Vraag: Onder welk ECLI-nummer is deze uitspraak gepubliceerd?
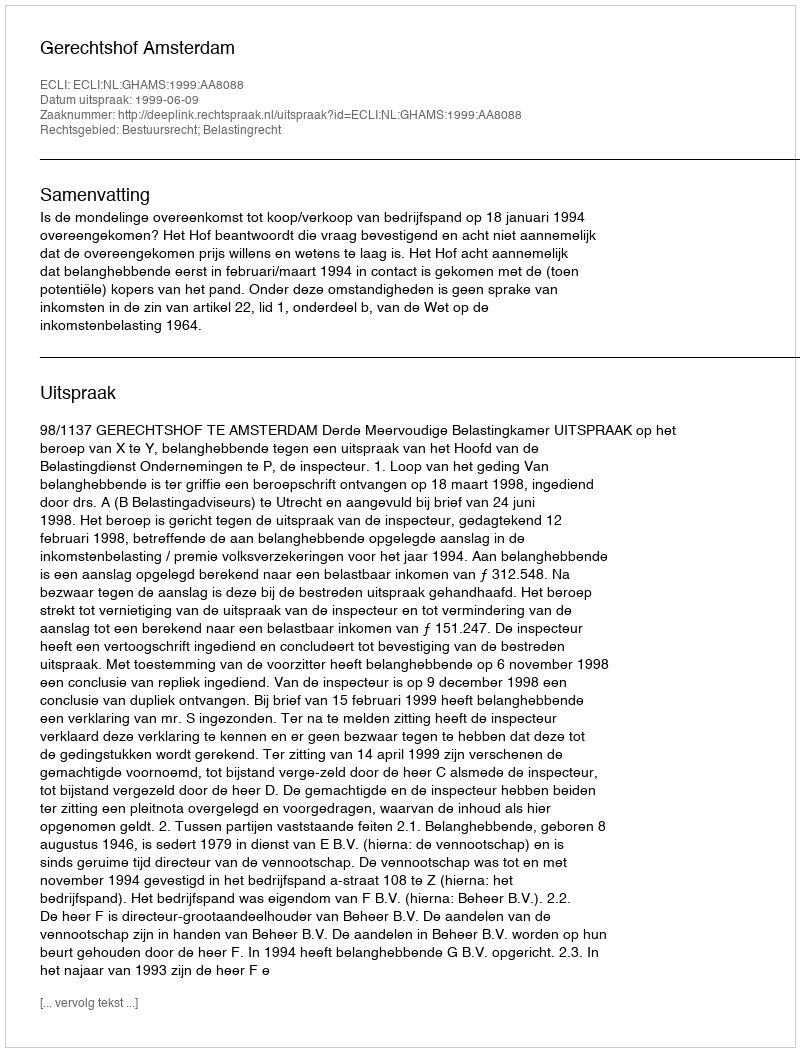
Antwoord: ECLI:NL:GHAMS:1999:AA8088